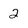
Character: 2